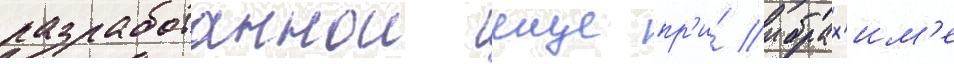
разработаннои еще пр'и́ ибрах'им'е